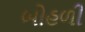
બોહળી